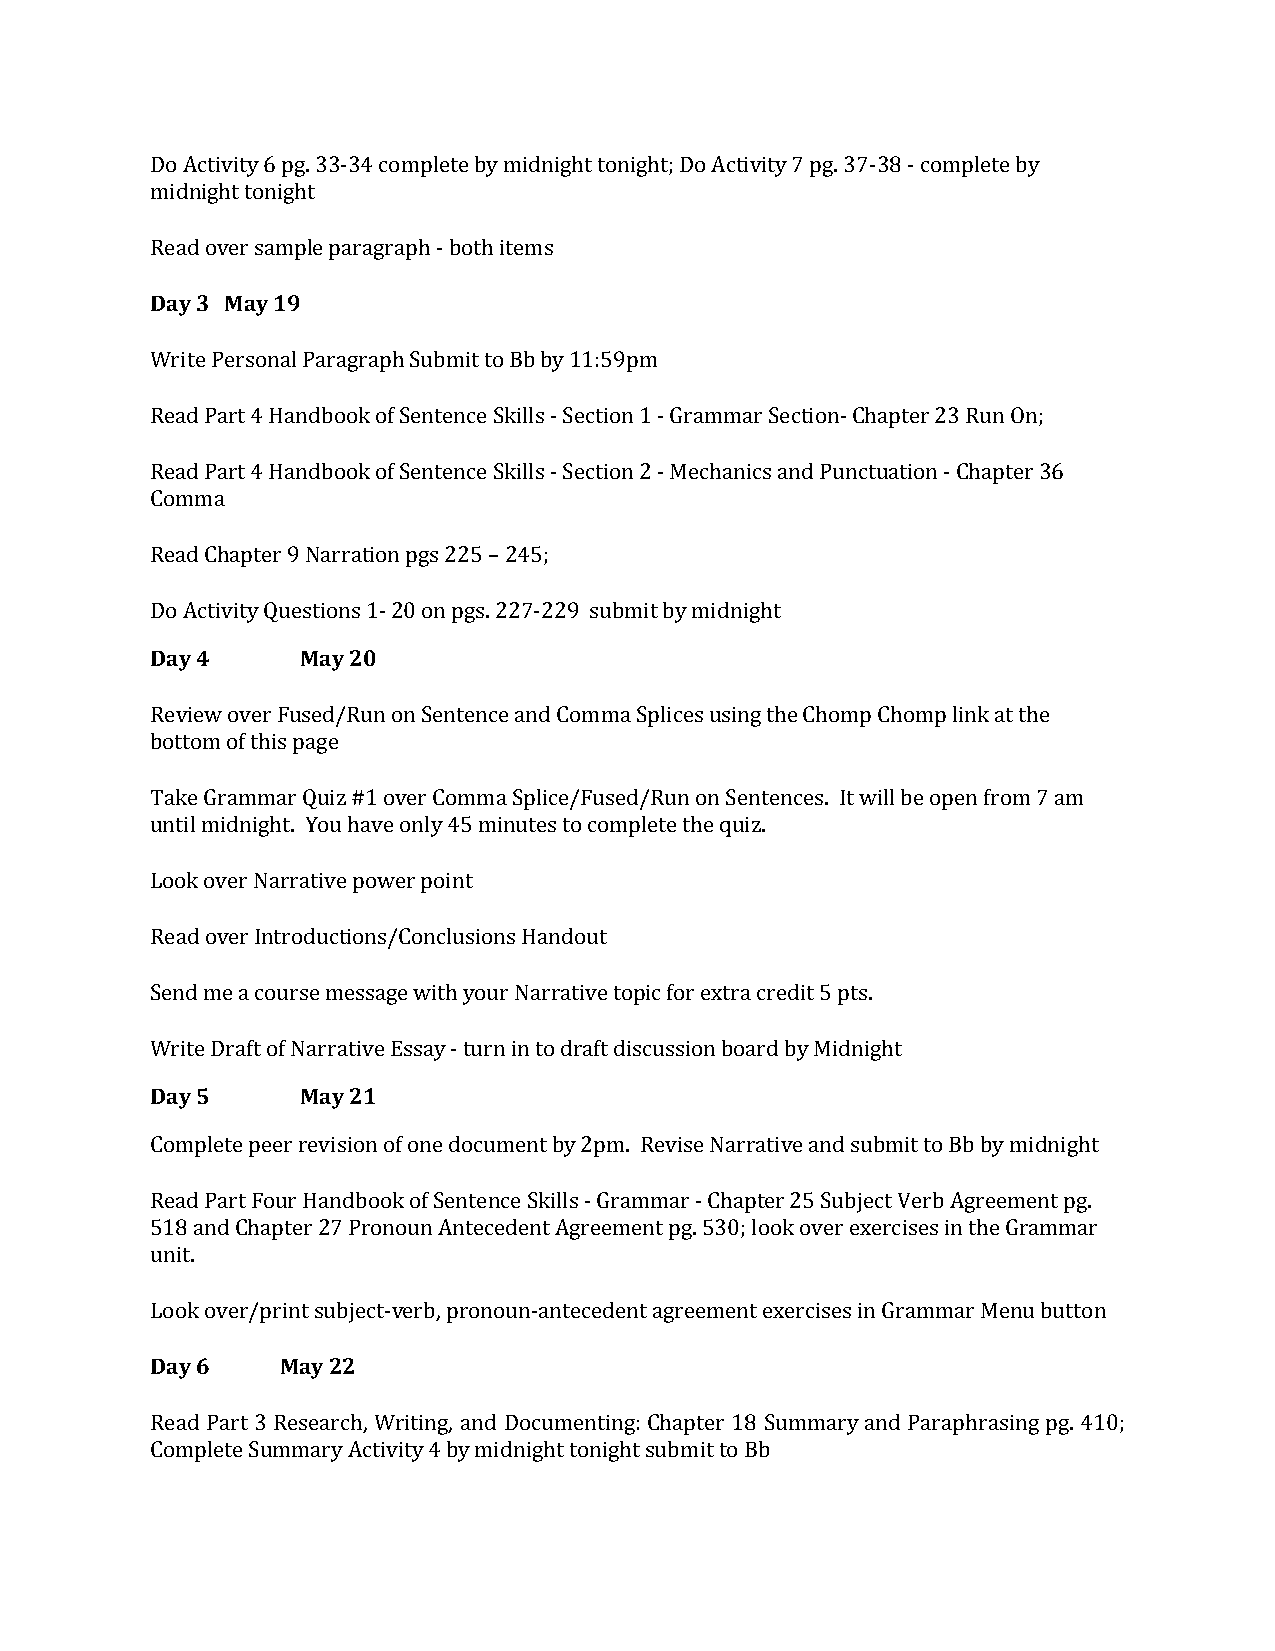
Do Activity 6 pg. 33-34 complete by midnight tonight; Do Activity 7 pg. 37-38 - complete by
 midnight tonight
 Read over sample paragraph - both items
 Day 3 May 19
 Write Personal Paragraph Submit to Bb by 11:59pm
 Read Part 4 Handbook of Sentence Skills - Section 1 - Grammar Section- Chapter 23 Run On;
 Read Part 4 Handbook of Sentence Skills - Section 2 - Mechanics and Punctuation - Chapter 36
 Comma
 Read Chapter 9 Narration pgs 225 – 245;
 Do Activity Questions 1- 20 on pgs. 227-229 submit by midnight
 Day 4     May 20
 Review over Fused/Run on Sentence and Comma Splices using the Chomp Chomp link at the
 bottom of this page
 Take Grammar Quiz #1 over Comma Splice/Fused/Run on Sentences. It will be open from 7 am
 until midnight. You have only 45 minutes to complete the quiz.
 Look over Narrative power point
 Read over Introductions/Conclusions Handout
 Send me a course message with your Narrative topic for extra credit 5 pts.
 Write Draft of Narrative Essay - turn in to draft discussion board by Midnight
 Day 5     May 21
 Complete peer revision of one document by 2pm. Revise Narrative and submit to Bb by midnight
 Read Part Four Handbook of Sentence Skills - Grammar - Chapter 25 Subject Verb Agreement pg.
 518 and Chapter 27 Pronoun Antecedent Agreement pg. 530; look over exercises in the Grammar
 unit.
 Look over/print subject-verb, pronoun-antecedent agreement exercises in Grammar Menu button
 Day 6    May 22
 Read Part 3 Research, Writing, and Documenting: Chapter 18 Summary and Paraphrasing pg. 410;
 Complete Summary Activity 4 by midnight tonight submit to Bb